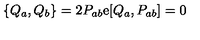
\{ Q _ { a } , Q _ { b } \} = 2 P _ { a b } \mathrm { e } [ Q _ { a } , P _ { a b } ] = 0